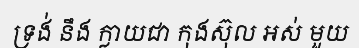
ទ្រង់ នឹង ក្លាយជា កុងស៊ុល អស់ មួយ